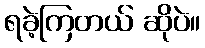
ရခဲ့ကြတယ် ဆိုပဲ။